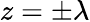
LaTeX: z=\pm\lambda